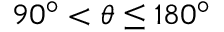
9 0 ^ { \circ } < \theta \leq 1 8 0 ^ { \circ }